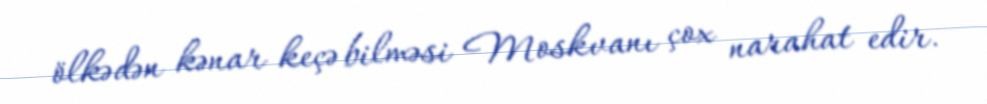
ölkədən kənar keçə bilməsi Moskvanı çox narahat edir.